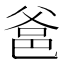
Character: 𤕕